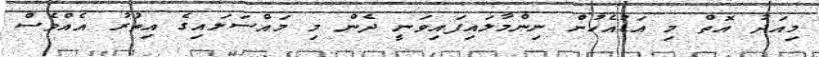
މިއަދު އޮތް މި އަޑުއެހުން ނިންމާލައިފައިވަނީ ދެން މި މައްސަލައިގެ އިތުރު އެއްވެސް